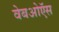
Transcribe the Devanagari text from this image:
वेबओऍस